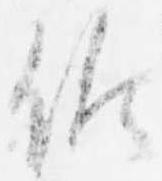
候